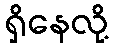
ရှိနေလို့